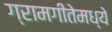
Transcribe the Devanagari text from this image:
ग्रामगीतेमध्ये